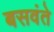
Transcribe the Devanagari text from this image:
बसवंते